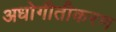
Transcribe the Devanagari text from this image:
अधोगीतीकरण